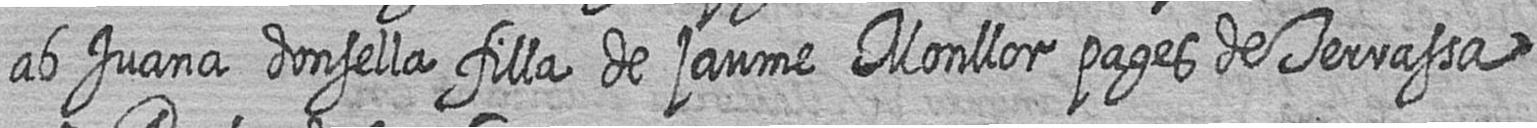
ab Juana donsella filla de jaume Monllor pages de Terrassa